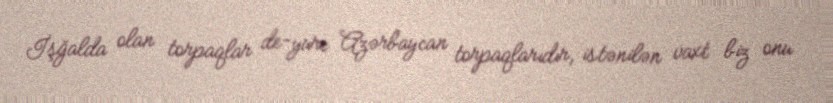
İşğalda olan torpaqlar de-yure Azərbaycan torpaqlarıdır, istənilən vaxt biz onu